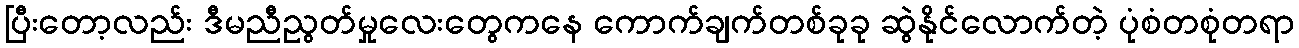
ပြီးတော့လည်း ဒီမညီညွတ်မှုလေးတွေကနေ ကောက်ချက်တစ်ခုခု ဆွဲနိုင်လောက်တဲ့ ပုံစံတစုံတရာ